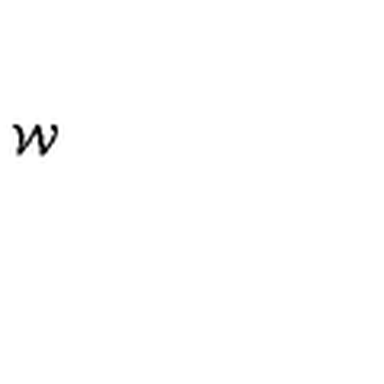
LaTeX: { \cal W }